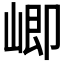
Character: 𭖻